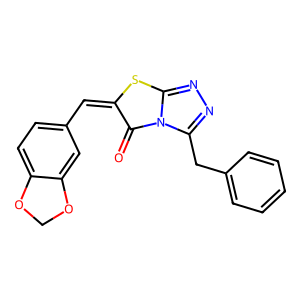
SMILES: O=c1c(=Cc2ccc3c(c2)OCO3)sc2nnc(Cc3ccccc3)n12
Inhibits HIV replication: No